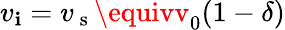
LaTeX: {v_{\mathbf{i}}=v_{\mathrm{{~s~}}}\equivv_{0}(1-\delta)}